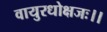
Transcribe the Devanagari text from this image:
वायुरधोक्षजः।।